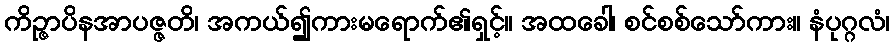
ကိဉ္ဇာပိနအာပဇ္ဇတိ၊ အကယ်၍ကားမရောက်၏ရှင့်။ အထခေါ၊ စင်စစ်သော်ကား။ နံပုဂ္ဂလံ၊